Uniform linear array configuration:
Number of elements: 24
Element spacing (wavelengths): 0.75
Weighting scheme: hann
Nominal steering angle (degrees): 45
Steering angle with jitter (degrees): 43.505
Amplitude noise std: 0.05
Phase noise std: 0.05

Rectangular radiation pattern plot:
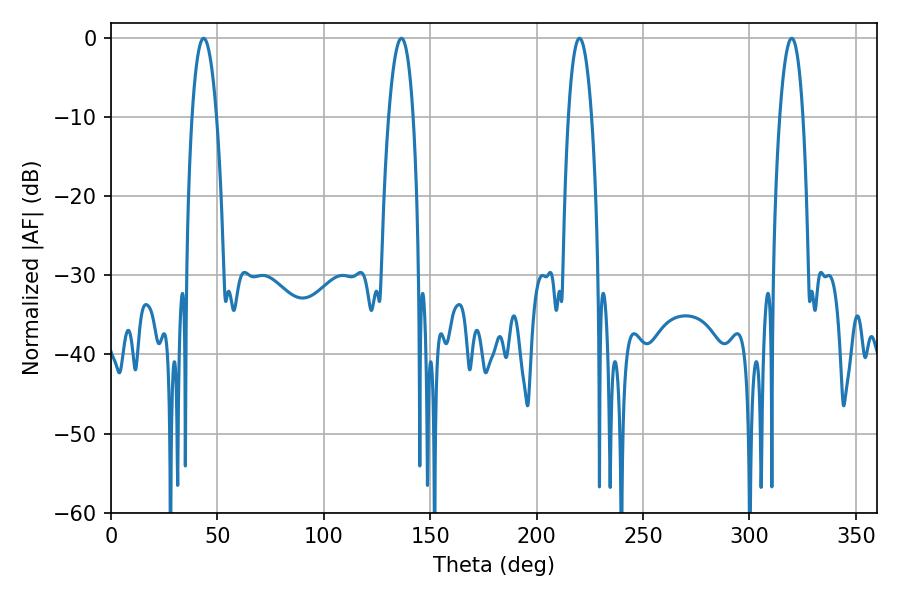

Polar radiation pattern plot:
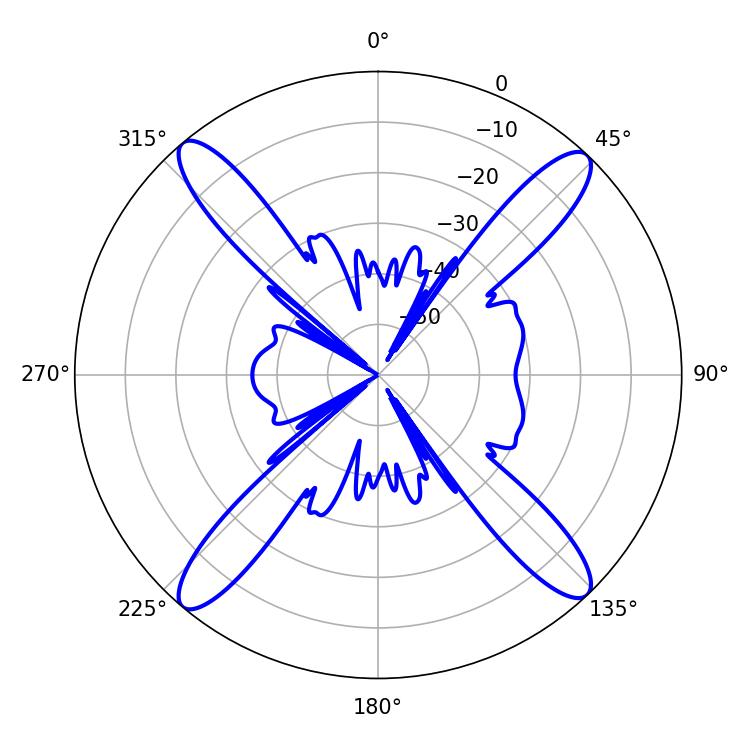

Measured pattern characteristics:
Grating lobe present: TRUE
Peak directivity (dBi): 20.12
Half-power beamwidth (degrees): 5.94
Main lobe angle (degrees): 220.14